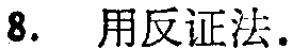
8. 用反证法.